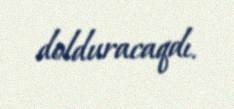
dolduracaqdı.